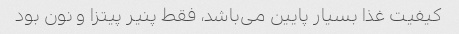
کیفیت غذا بسیار پایین می‌باشد، فقط پنیر پیتزا و نون بود